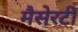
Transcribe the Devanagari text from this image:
मैसेरटी